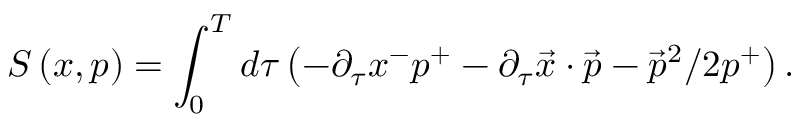
S \left( x , p \right) = \int _ { 0 } ^ { T } d \tau \left( - \partial _ { \tau } x ^ { - } p ^ { + } - \partial _ { \tau } \vec { x } \cdot \vec { p } - \vec { p } ^ { 2 } / 2 p ^ { + } \right) .